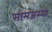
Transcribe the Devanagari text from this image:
सामंजस्या